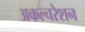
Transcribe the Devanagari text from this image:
अकल्चरेशन